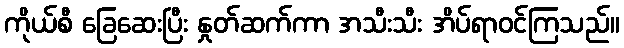
ကိုယ်စီ ခြေဆေးပြီး နှုတ်ဆက်ကာ အသီးသီး အိပ်ရာဝင်ကြသည်။